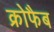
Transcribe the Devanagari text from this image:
क्रोफैब